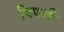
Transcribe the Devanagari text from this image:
विएशी